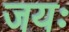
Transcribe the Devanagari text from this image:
जयः